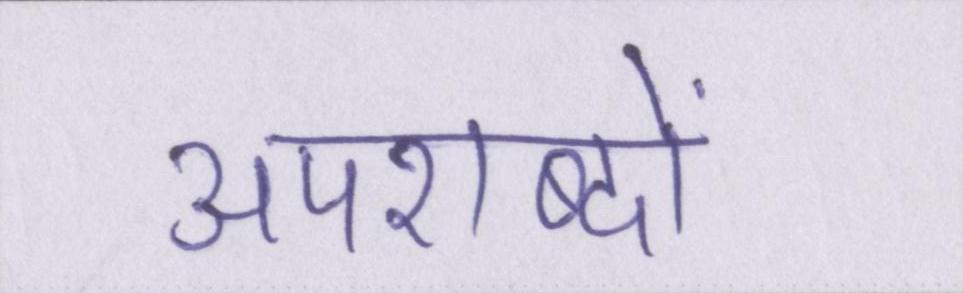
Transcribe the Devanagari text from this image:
अपशब्दों